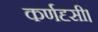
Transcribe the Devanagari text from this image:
कर्णदृसी।